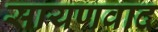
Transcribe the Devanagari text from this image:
सायणवाद